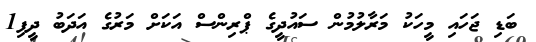
ބަޑި ޖަހައި މީހަކު މަރާލުމުން ސައުދީގެ ޕްރިންސް އަކަށް މަރުގެ އަދަބު ދީފި1